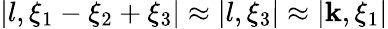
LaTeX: |l,\xi_{1}-\xi_{2}+\xi_{3}|\approx|l,\xi_{3}|\approx|\mathbf{k},\xi_{1}|